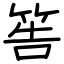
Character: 筶